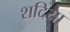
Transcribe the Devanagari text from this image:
शदिया